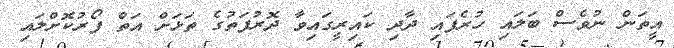
އީތަން ނުވެސް ބަލައި ހުރެފައި ދާދި ކައިރީގައިވާ ދޮރުފަތުގެ ތަޅަށް އަތް ފޯރުކޮށްލައި